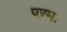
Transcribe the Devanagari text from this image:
परमः